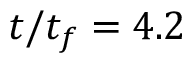
t / t _ { f } = 4 . 2